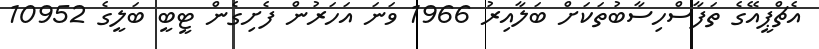
އެޗްޕީއޭގެ ތަފާސްހިސާބުތަކަށް ބަލާއިރު 1966 ވަނަ އަހަރުން ފެށިގެން ޓީބީ ބަލީގެ 10952